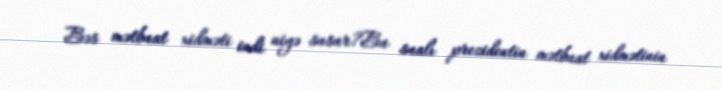
Bəs mətbuat xidməti indi niyə susur?Bu sualı prezidentin mətbuat xidmətinin